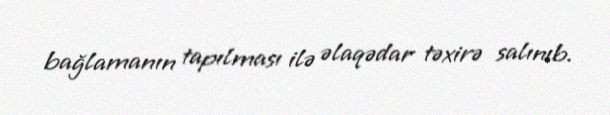
bağlamanın tapılması ilə əlaqədar təxirə salınıb.